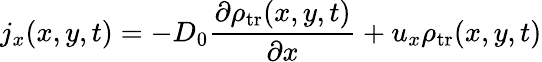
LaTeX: j_{x}(x,y,t)=-D_{0}\frac{\partial\rho_{\mathrm{tr}}(x,y,t)}{\partial x}+u_{x}\rho_{\mathrm{tr}}(x,y,t)